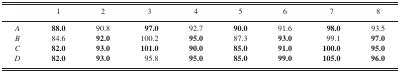
<table><thead><tr><td></td><td><b>1</b></td><td><b>2</b></td><td><b>3</b></td><td><b>4</b></td><td><b>5</b></td><td><b>6</b></td><td><b>7</b></td><td><b>8</b></td></tr></thead><tbody><tr><td><i>A</i></td><td><b>88.0</b></td><td>90.8</td><td><b>97.0</b></td><td>92.7</td><td><b>90.0</b></td><td>91.6</td><td><b>98.0</b></td><td>93.5</td></tr><tr><td><i>B</i></td><td>84.6</td><td><b>92.0</b></td><td>100.2</td><td><b>95.0</b></td><td>87.3</td><td><b>93.0</b></td><td>99.1</td><td><b>97.0</b></td></tr><tr><td><i>C</i></td><td><b>82.0</b></td><td><b>93.0</b></td><td><b>101.0</b></td><td><b>90.0</b></td><td><b>85.0</b></td><td><b>91.0</b></td><td><b>100.0</b></td><td><b>95.0</b></td></tr><tr><td><i>D</i></td><td><b>82.0</b></td><td><b>93.0</b></td><td>95.8</td><td><b>95.0</b></td><td><b>85.0</b></td><td><b>99.0</b></td><td><b>105.0</b></td><td><b>96.0</b></td></tr></tbody></table>